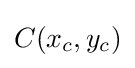
C(x_{c},y_{c})